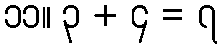
၁၁။ ၃ + ၄ = ၇